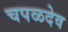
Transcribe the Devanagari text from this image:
चपळदेव